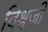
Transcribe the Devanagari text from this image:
विश्वजी